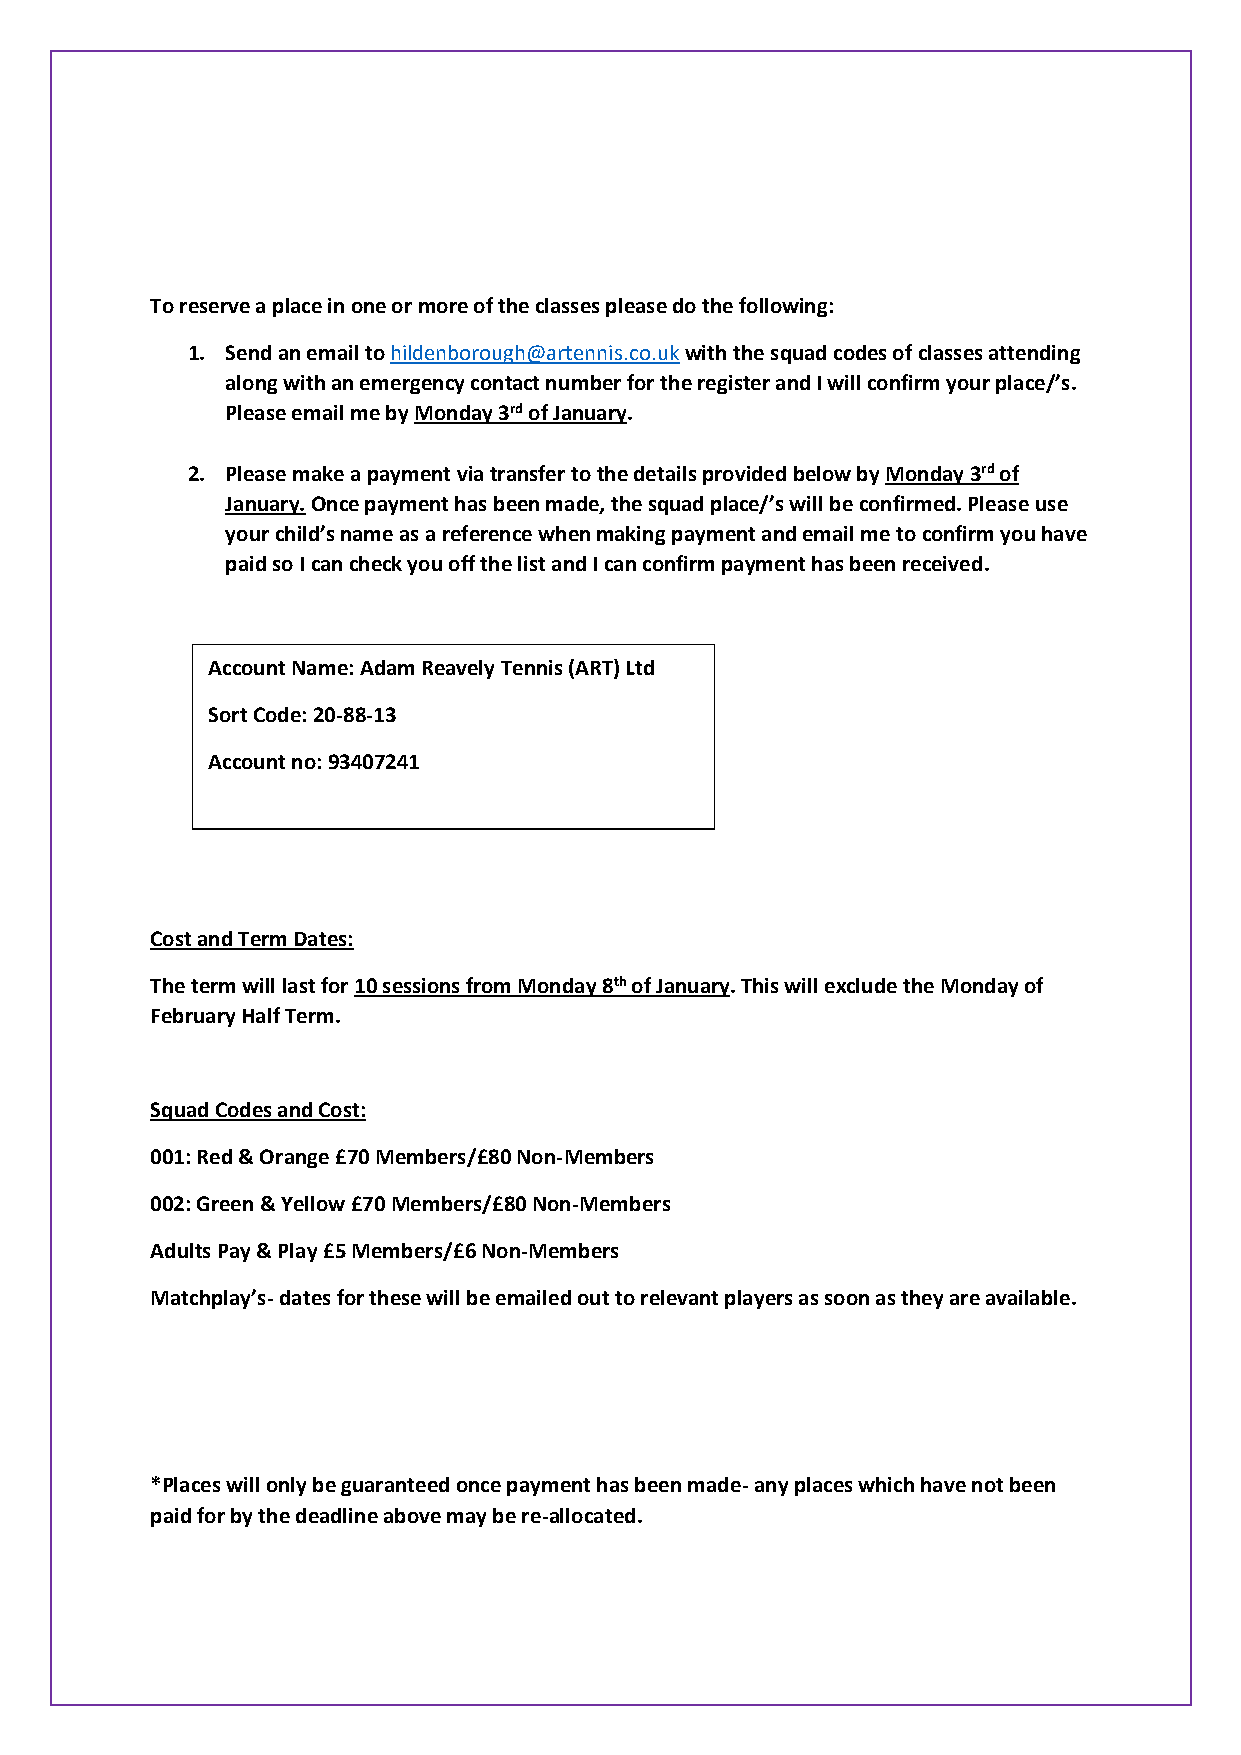
To reserve a place in one or more of the classes please do the following:
 1. Send an email to hildenborough@artennis.co.uk with the squad codes of classes attending
 along with an emergency contact number for the register and I will confirm your place/’s.
 Please email me by Monday 3rd of January.
 2. Please make a payment via transfer to the details provided below by Monday 3rd of
 January. Once payment has been made, the squad place/’s will be confirmed. Please use
 your child’s name as a reference when making payment and email me to confirm you have
 paid so I can check you off the list and I can confirm payment has been received.
 Account Name: Adam Reavely Tennis (ART) Ltd
 Sort Code: 20-88-13
 Account no: 93407241
 Cost and Term Dates:
 The term will last for 10 sessions from Monday 8th of January. This will exclude the Monday of
 February Half Term.
 Squad Codes and Cost:
 001: Red & Orange £70 Members/£80 Non-Members
 002: Green & Yellow £70 Members/£80 Non-Members
 Adults Pay & Play £5 Members/£6 Non-Members
 Matchplay’s- dates for these will be emailed out to relevant players as soon as they are available.
 *Places will only be guaranteed once payment has been made- any places which have not been
 paid for by the deadline above may be re-allocated.